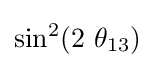
\sin ^{2}(2\ \theta _{13})